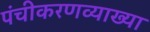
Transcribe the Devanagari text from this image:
पंचीकरणव्याख्या